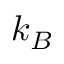
k _ { B }